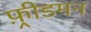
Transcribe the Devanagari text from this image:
फ़्रीडमन